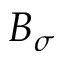
B _ { \sigma }